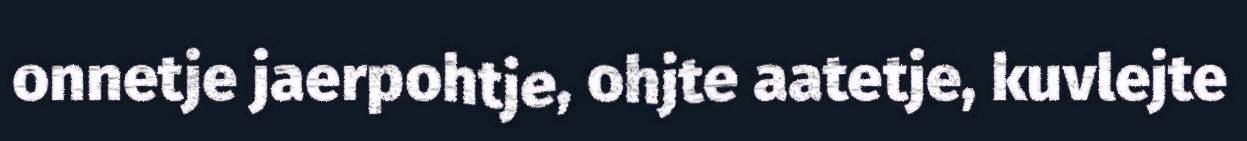
onnetje jaerpohtje, ohjte aatetje, kuvlejte